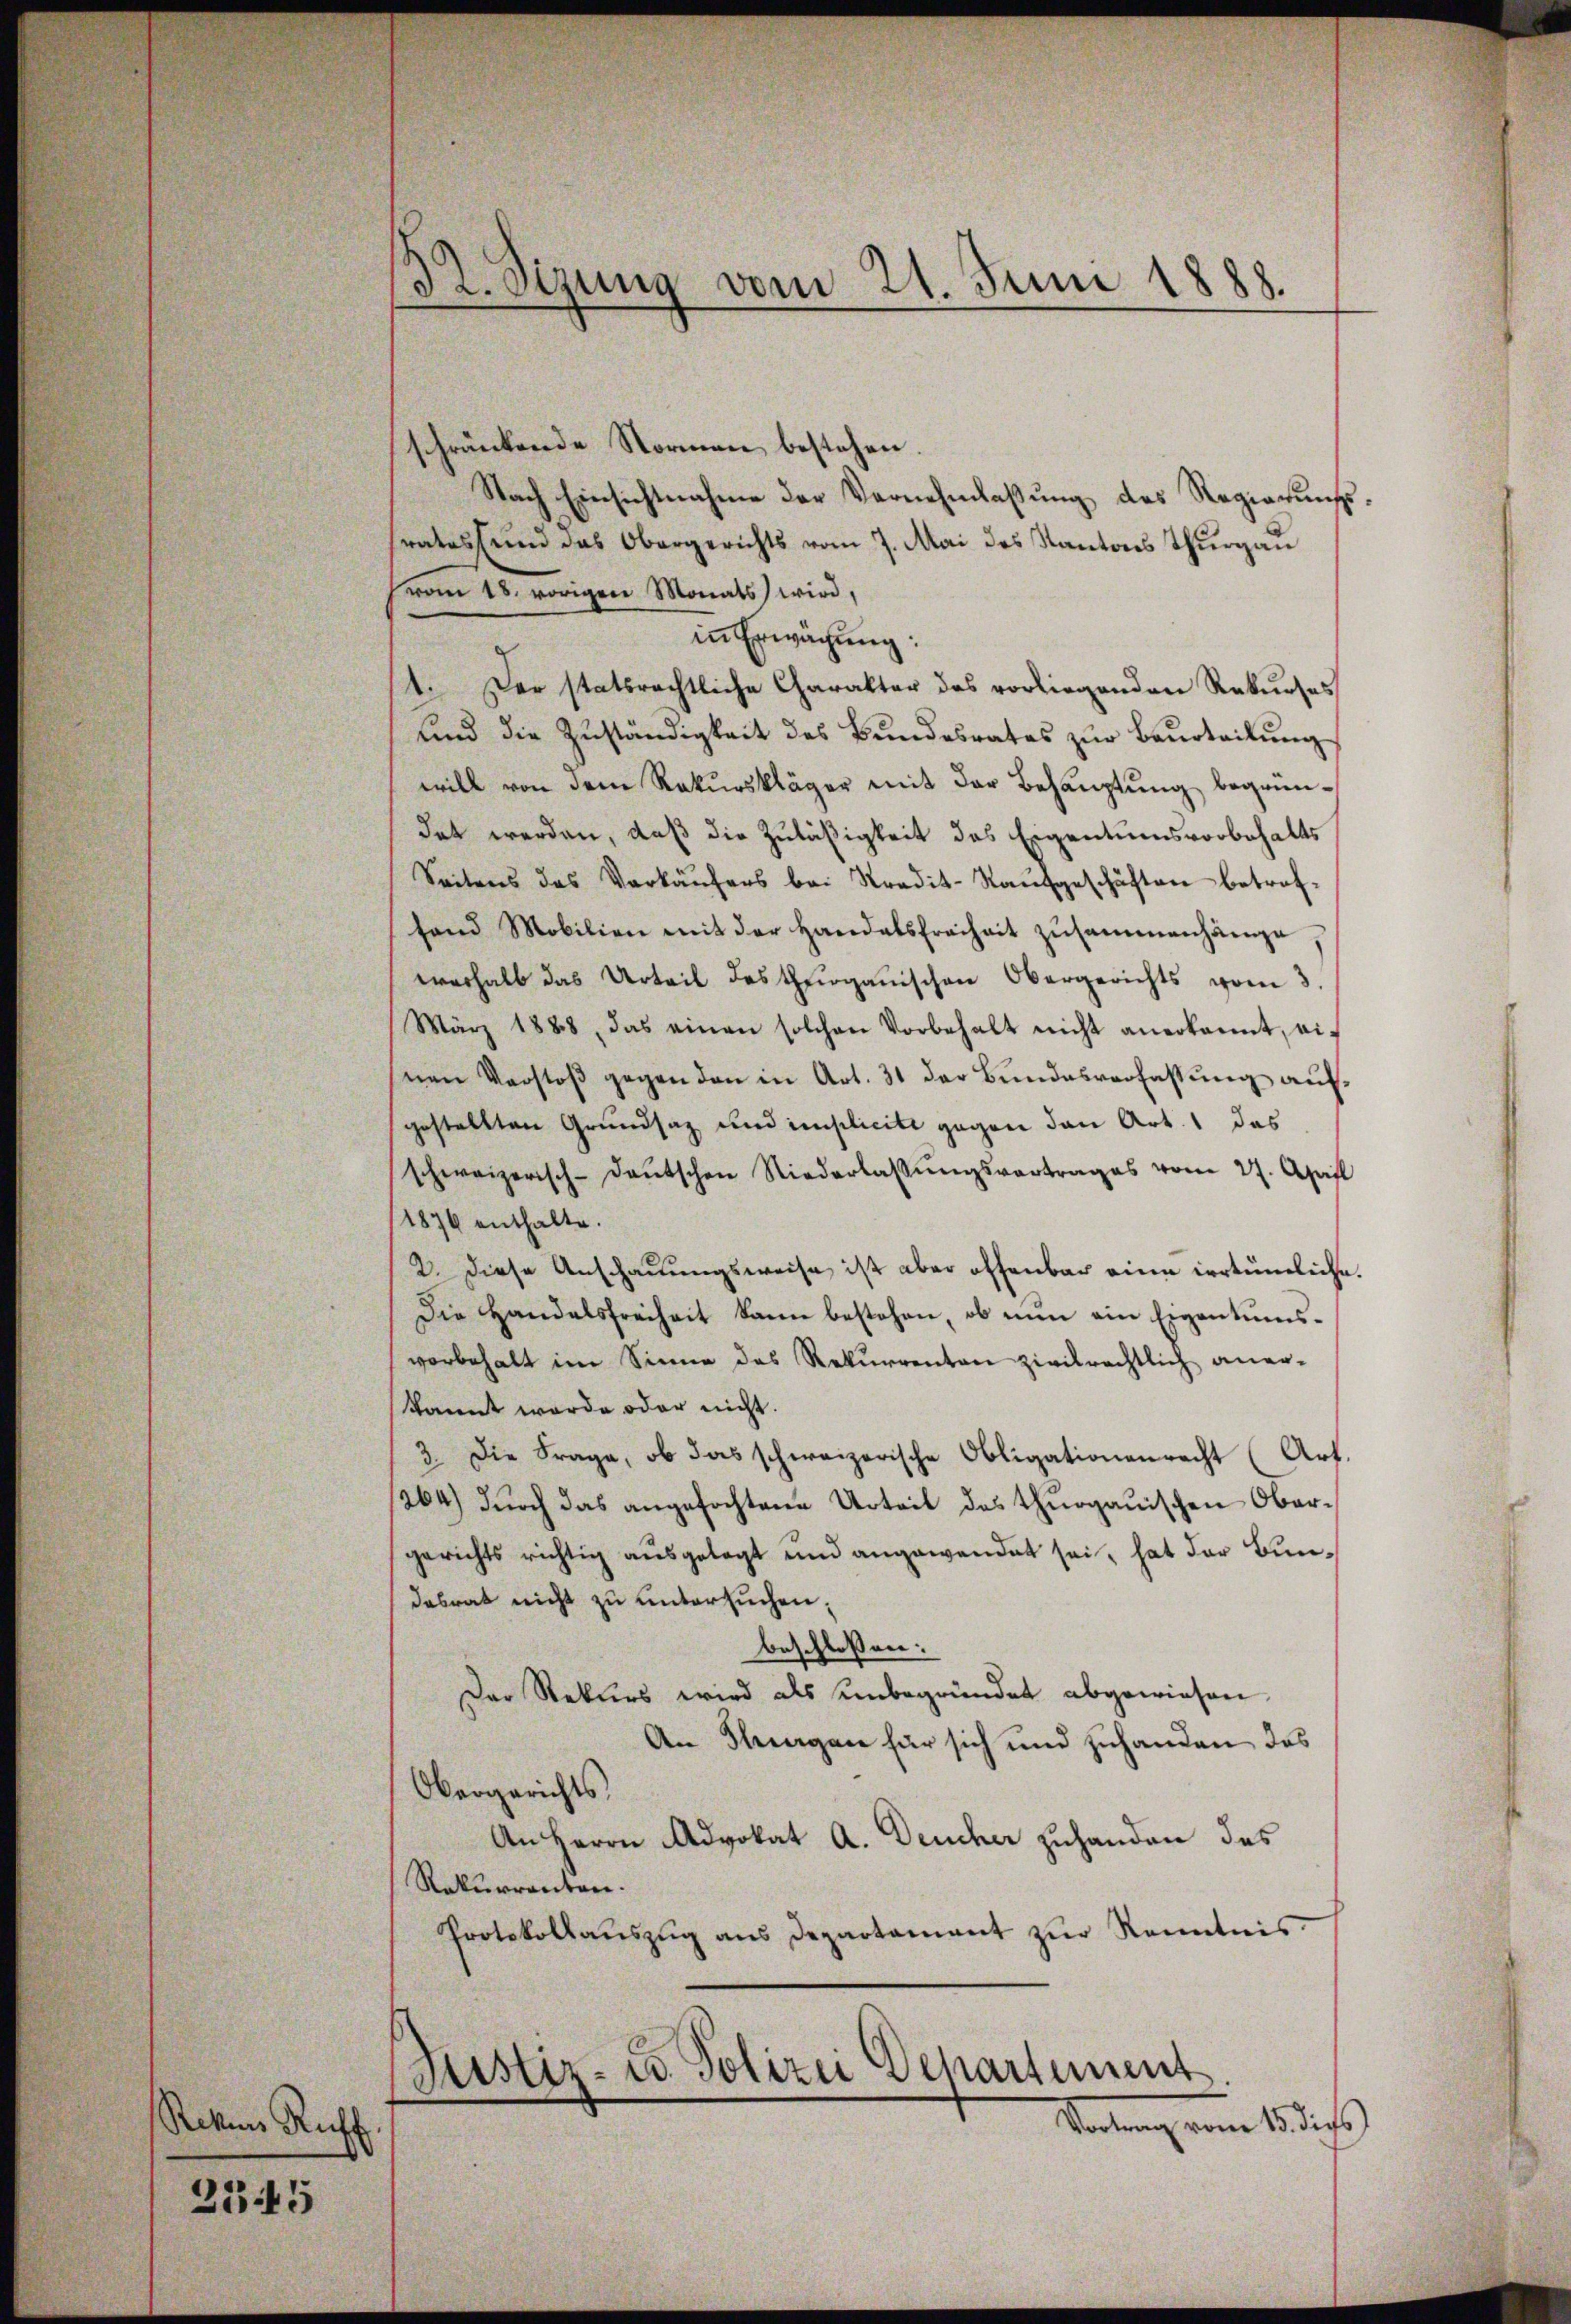
Rekurs Ruff.
2345

32. Sizung vom 21. Juni 1888.

schränkende Stormen bestehen.
Nach Einsichtnahme der Vernehmlaßung des Regierungssrates und das Obergerichts vom 7. Mai des Kantons Thurgau
rom 18. vorigen Monats wird,
in Erwächung:
1. Der statsrechtliche Charakter des vorliegenden Rekurses
und die Zuständigkeit des Bundesrates zur Beurteilung
will von dem Rekurskläger mit der Behauptung begründet werden, daß die Zuläßigkeit des Eigentumsvorbehalts
Seitens des Verkäŭfers bei Stradit-Kaŭfgeschäften betroftand Mobilien mit der Handelsfreiheit zusammenhänge
werhalb das Urteil des thurgauischen Obergerichts vom 3.
März 1888, das einen solchen Vorbehalt nicht anerkannt, ei
nen Vorstoβ gegen den in Art. 31 der Bŭndesverfassŭng aŭf-
gestellten Grundsaz und implicite gegen den Art. 1 das
schweizerisch-deŭtschen Niederlassŭngsvortrages vom 27. April
1876 enthalte.
2. Diese Anschauungsweise ist aber offenbar eine irrtümliche.
Die Handelsfreiheit kann bestehen, ob nun ein Eigentumsvorbehalt im Sinne des Rekurrenten zivilrechtlich aner-
kannt werde oder nicht.
3. Die Frage, ob das schweizerische Obligationenrecht (Art.
264.) Durch das angefochtene Urteil des thurgauischen Obergerichts richtig ausgelegt und angewendet sei, hat der Bundesrat nicht zu untersuchen;
beschlossen:
Der Rekurs wird als unbegründet abgewiesen.
An Flurgen für sich und zuhanden das
Obergerichts
An Herrn Advokat A. Deucher zuhanden des
Rekurrenten.
Protokollaŭszŭg ans Departamant zŭr Kenntnis
Justiz- u. Polizei Departement
.
Vetung vom 18 dies